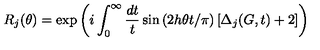
R _ { j } ( \theta ) = \exp \left( i \int _ { 0 } ^ { \infty } \frac { d t } { t } \sin \left( 2 h \theta t / \pi \right) \left[ \Delta _ { j } ( G , t ) + 2 \right] \right)